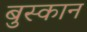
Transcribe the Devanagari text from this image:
बुस्कान